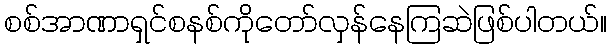
စစ်အာဏာရှင်စနစ်ကိုတော်လှန်နေကြဆဲဖြစ်ပါတယ်။